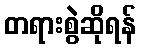
တရားစွဲဆိုရန်